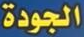
الجودة